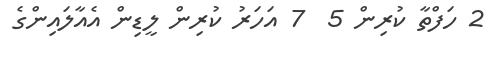
2 ހަފްތާ ކުރިން 5  7 އަހަރު ކުރިން ލީޑިން އެއާލައިންގެ